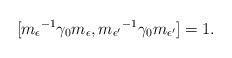
LaTeX: \begin{align*}[{m_\epsilon}^{-1}\gamma_{0}{m_\epsilon},{m_{\epsilon'}}^{-1}\gamma_{0}{m_{\epsilon'}}]=1.\end{align*}